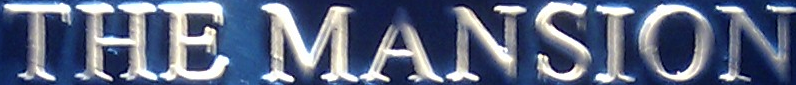
THE MANSION